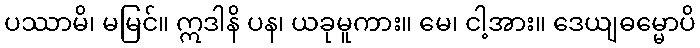
ပဿာမိ၊ မမြင်။ ဣဒါနိ ပန၊ ယခုမူကား။ မေ၊ ငါ့အား။ ဒေယျဓမ္မောပိ